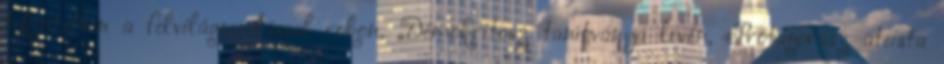
tekintetben a felvilágosodással rokon. „Démokritosz tanítványa lévén, Prótagorász ateista